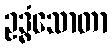
ဥဒ္ဓံသောတာ